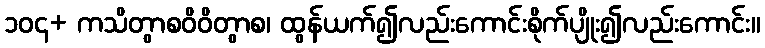
၁၀၄+ ကသိတွာစဝိဝိတွာစ၊ ထွန်ယက်၍လည်းကောင်းစိုက်ပျိုး၍လည်းကောင်း။